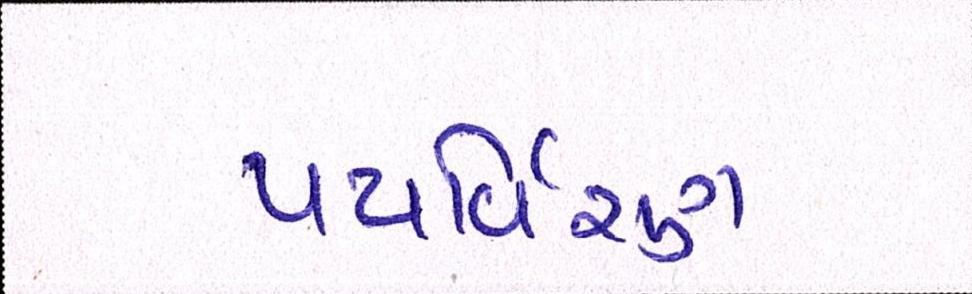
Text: પયર્વિરણ